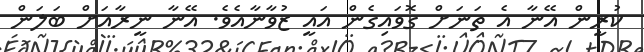
ކުރީން އޭނާ އެ ތަނަށް ގޮވައިގެން އައީ ޒުވާނާއެވެ. އޭނާ ނީރާއަށް ބަލަން